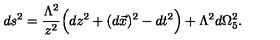
d s ^ { 2 } = \frac { \Lambda ^ { 2 } } { z ^ { 2 } } \Big ( d z ^ { 2 } + ( d \vec { x } ) ^ { 2 } - d t ^ { 2 } \Big ) + \Lambda ^ { 2 } d \Omega _ { 5 } ^ { 2 } .